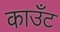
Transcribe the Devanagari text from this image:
काउँट